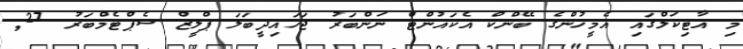
މި އާޓިކަލްގައި އެމީހުންގެ ބޭންކް އެކައުންޓް ނަންބަރު ޖަހައިދީބަލަ ޕްލީޒް ސެޕްޓެމްބަރު 27